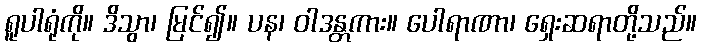
ရူပါရုံကို။ ဒိသွာ၊ မြင်၍။ ပန၊ ဝါဒန္တကား။ ပေါရာဏာ၊ ရှေးဆရာတို့သည်။